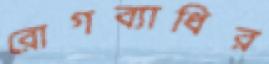
রোগব্যাধির